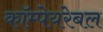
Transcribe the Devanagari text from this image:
कॉम्पेयरेबल